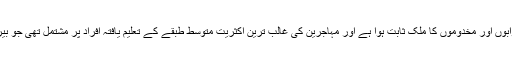
پاکستان شروع سے ہی جاگیرداروں اور وڈیروں، نوابوں اور مخدوموں کا ملک ثابت ہوا ہے اور مہاجرین کی غالب ترین اکثریت متوسط طبقے کے تعلیم یافتہ افراد پر مشتمل تھی جو بیروکریسی اور علم وادب کے شعبہ سے وابستہ تھے۔